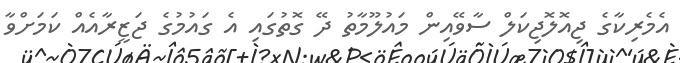
އެމެރިކާގެ ޖިއޮލޮޖިކަލް ސާވޭއިން މައުލޫމާތު ދޭ ގޮތުގައި އެ ގައުމުގެ ޖަޒީރާއެއް ކަމަށްވާ